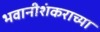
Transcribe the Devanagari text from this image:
भवानीशंकराच्या